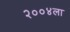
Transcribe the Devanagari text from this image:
२००४ला